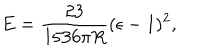
E = { \frac { 2 3 } { 1 5 3 6 \pi R } } ( \epsilon - 1 ) ^ { 2 } ,